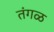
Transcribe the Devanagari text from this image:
तंगळ